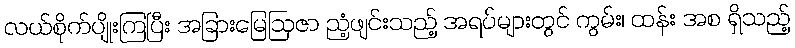
လယ်စိုက်ပျိုးကြပြီး အခြားမြေဩဇာ ညံ့ဖျင်းသည့် အရပ်များတွင် ကွမ်း၊ ထန်း အစ ရှိသည့်